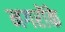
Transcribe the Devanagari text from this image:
नगरोंके